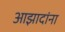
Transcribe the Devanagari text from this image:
आझादांना